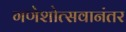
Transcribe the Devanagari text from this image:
गणेशोत्सवानंतर